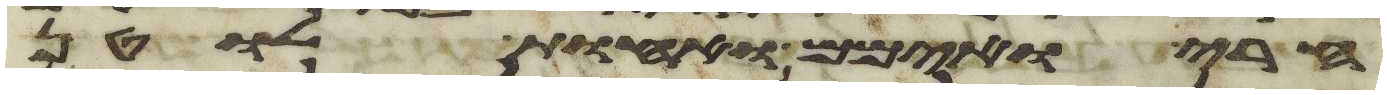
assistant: חרי ואימם ואחות לוטן